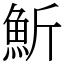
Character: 䰺